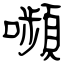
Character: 嚬